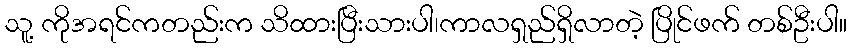
သူ့ ကိုအရင်ကတည်းက သိထားပြီးသားပါ၊ကာလရှည်ရှိလာတဲ့ ပြိုင်ဖက် တစ်ဦးပါ။